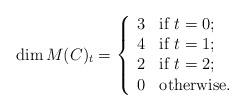
LaTeX: \begin{align*} \dim M(C)_t = \left \{ \begin{array}{cl} 3 & \hbox{if } t=0; \\ 4 & \hbox{if } t=1; \\ 2 & \hbox{if } t = 2; \\ 0 & \hbox{otherwise}. \end{array} \right. \end{align*}